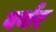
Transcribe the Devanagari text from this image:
वर्थर